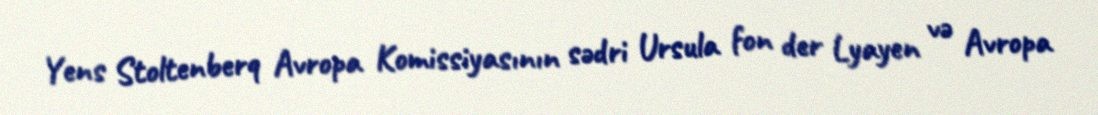
Yens Stoltenberq Avropa Komissiyasının sədri Ursula fon der Lyayen və Avropa